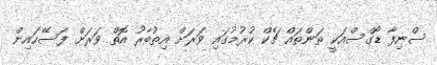
ސްނިފާ ޑޯގްސްއަކީ ތަންތައް ޗެކް ކުރުމުގައި ވަރަށް އިތުބާރު އޮތް ވަރަށް ފަސޭހައިން